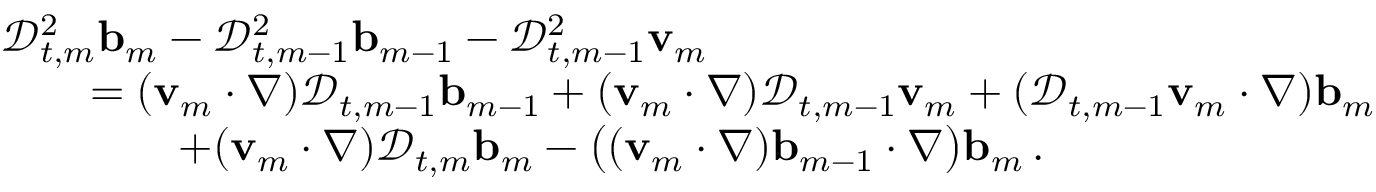
\begin{array} { r l } & { \mathscr { D } _ { t , m } ^ { 2 } \ensuremath { \mathbf { b } } _ { m } - \mathscr { D } _ { t , m - 1 } ^ { 2 } \ensuremath { \mathbf { b } } _ { m - 1 } - \mathscr { D } _ { t , m - 1 } ^ { 2 } \ensuremath { \mathbf { v } } _ { m } } \\ & { \qquad = ( \ensuremath { \mathbf { v } } _ { m } \cdot \nabla ) \mathscr { D } _ { t , m - 1 } \ensuremath { \mathbf { b } } _ { m - 1 } + ( \ensuremath { \mathbf { v } } _ { m } \cdot \nabla ) \mathscr { D } _ { t , m - 1 } \ensuremath { \mathbf { v } } _ { m } + ( \mathscr { D } _ { t , m - 1 } \ensuremath { \mathbf { v } } _ { m } \cdot \nabla ) \ensuremath { \mathbf { b } } _ { m } } \\ & { \qquad \qquad + ( \ensuremath { \mathbf { v } } _ { m } \cdot \nabla ) \mathscr { D } _ { t , m } \ensuremath { \mathbf { b } } _ { m } - \bigl ( ( \ensuremath { \mathbf { v } } _ { m } \cdot \nabla ) \ensuremath { \mathbf { b } } _ { m - 1 } \cdot \nabla \bigr ) \ensuremath { \mathbf { b } } _ { m } \, . } \end{array}